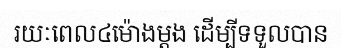
រយៈពេល៤ម៉ោងម្តង ដើម្បីទទួលបាន